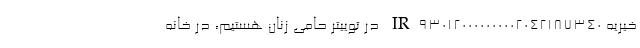
خیریه IR930120000000002042187340 در توییتر حامی زنان هستیم، در خانه